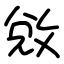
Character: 敓